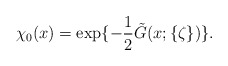
\begin{align*}\chi_0(x) = \exp \{- \frac12 \tilde{G}(x;\{\zeta\})\}.\end{align*}